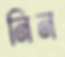
নিন